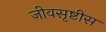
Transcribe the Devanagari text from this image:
जीवसृष्टीस